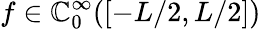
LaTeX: f\in\mathbb{C}_{0}^{\infty}([-L/2,L/2])